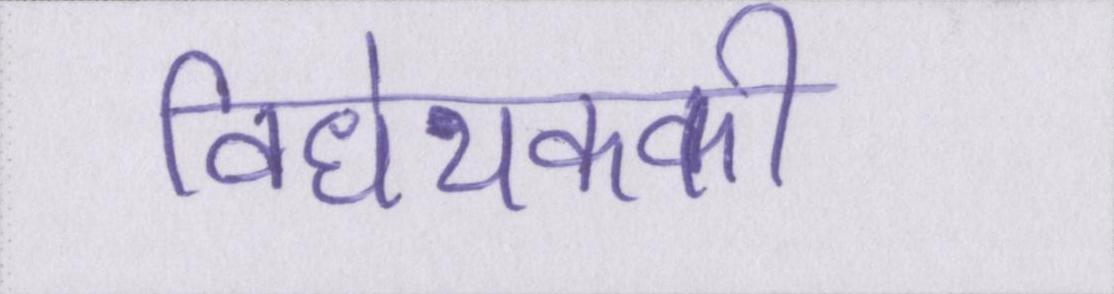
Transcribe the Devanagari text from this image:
विधेयककी